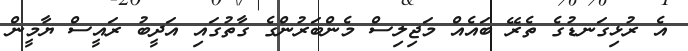
އެ ރުޅިގަނޑުގެ ތެރޭ ބައެއް މަޖިލިސް މެންބަރުންގެ ގާތުގައި އަދީބު ރައީސް ޔާމީން